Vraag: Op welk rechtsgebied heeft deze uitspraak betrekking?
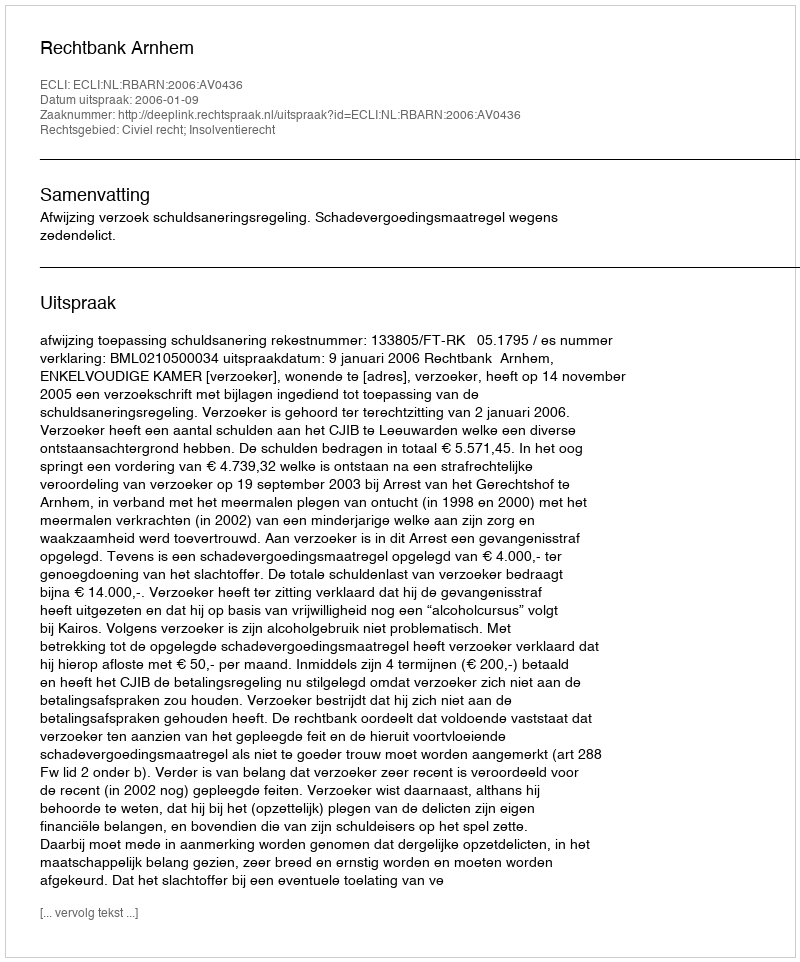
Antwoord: Civiel recht; Insolventierecht